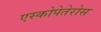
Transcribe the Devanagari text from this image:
एस्कोपेतेरोस